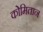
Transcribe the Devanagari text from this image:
कोमितान